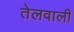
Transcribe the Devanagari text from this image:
तेलवाली